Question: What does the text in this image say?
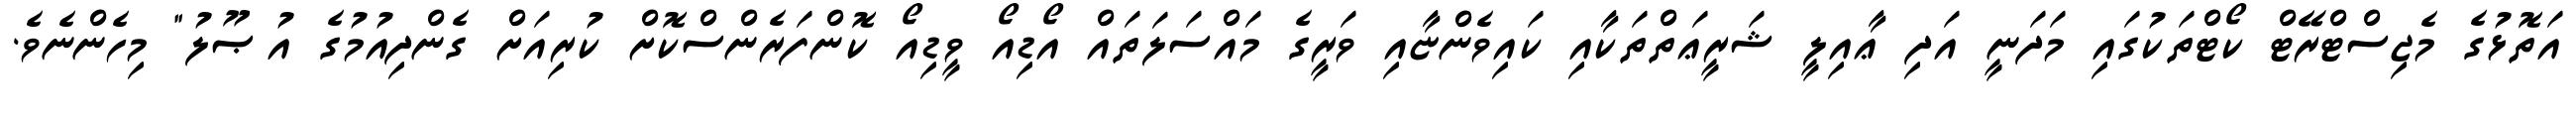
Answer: އަތޮޅުގެ މެޖިސްޓްރޭޓް ކޯޓްތަކުގައި މަދަނީ އަދި ޢާއިލީ ޝަރީޢަތްތަކާއި ކައިވެންޏާއި ވަރީގެ މައްސަލަތައް އޯޑިއޯ ވީޑިއޯ ކޮންފަރެންސްކޮށް ކުރިއަށް ގެންދިއުމުގެ އުޞޫލު" މިހެންނެވެ.